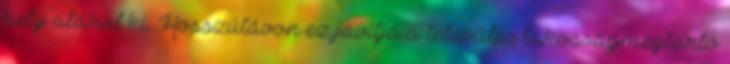
hely alakul ki. Hosszútávon ez javítja a település lakosságmegtartó